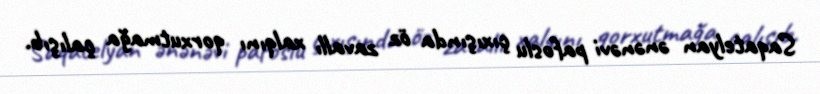
Saqatelyan ənənəvi pafoslu çıxışında öz zavallı xalqını qorxutmağa çalışıb.